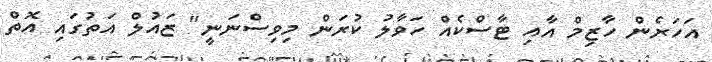
އަހަރެން ހާޒިމް އާއި ޓާސްކެއް ހަވާލު ކުރަން މިވިސްނަނީ" ޒައުލް އަތުގައި އޮތް